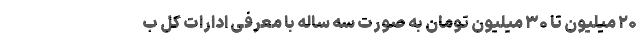
۲۰ میلیون تا ۳۰ میلیون تومان به صورت سه ساله با معرفی ادارات کل ب